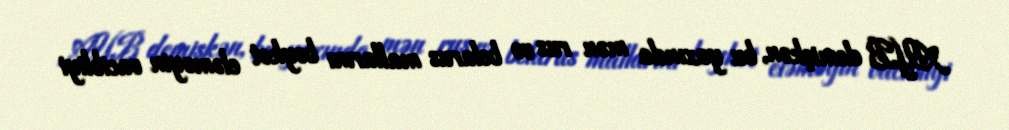
AYB demişkən, bu yaxında mən rus və belarus mallarını boykot eləməyin vacibliyi